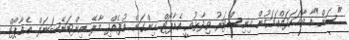
"ސަން"އާ ވާހަކަދައްކަވަމުން މިނިސްޓަރު ވިދާޅުވީ އެއާޕޯޓް ހިންގަން އުފެއްދި މާލޭ އިންޓަނޭޝަނަލް އެއާޕޯޓް